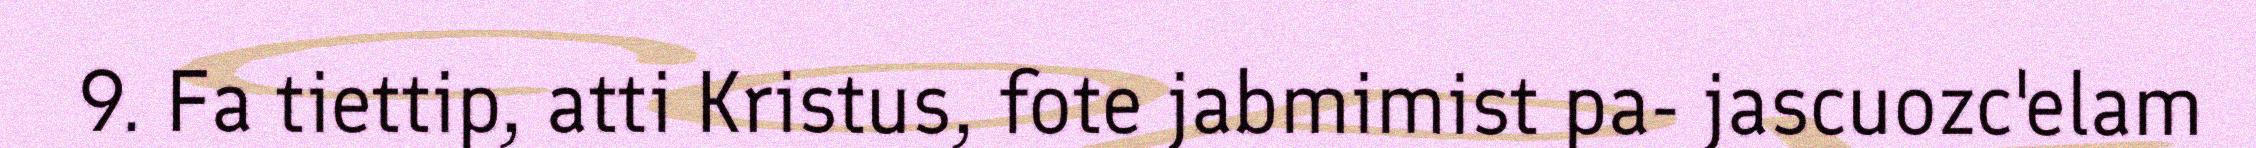
9. Fa tiettip, atti Kristus, fote jabmimist pa- jascuozc'elam